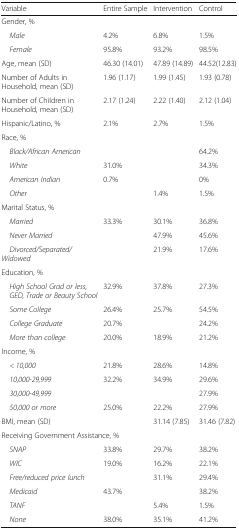
<table><thead><tr><td><b>Variable</b></td><td><b>Entire Sample</b></td><td><b>Intervention</b></td><td><b>Control</b></td></tr></thead><tbody><tr><td colspan="4">Gender, %</td></tr><tr><td> <i>Male</i></td><td>4.2%</td><td>6.8%</td><td>1.5%</td></tr><tr><td> <i>Female</i></td><td>95.8%</td><td>93.2%</td><td>98.5%</td></tr><tr><td>Age, mean (SD)</td><td>46.30 (14.01)</td><td>47.89 (14.89)</td><td>44.52(12.83)</td></tr><tr><td>Number of Adults in Household, mean (SD)</td><td>1.96 (1.17)</td><td>1.99 (1.45)</td><td>1.93 (0.78)</td></tr><tr><td>Number of Children in Household, mean (SD)</td><td>2.17 (1.24)</td><td>2.22 (1.40)</td><td>2.12 (1.04)</td></tr><tr><td>Hispanic/Latino, %</td><td>2.1%</td><td>2.7%</td><td>1.5%</td></tr><tr><td colspan="4">Race, %</td></tr><tr><td> <i>Black/African American</i></td><td>[EMPTY_CELL]</td><td>[EMPTY_CELL]</td><td>64.2%</td></tr><tr><td> <i>White</i></td><td>31.0%</td><td>[EMPTY_CELL]</td><td>34.3%</td></tr><tr><td> <i>American Indian</i></td><td>0.7%</td><td>[EMPTY_CELL]</td><td>0%</td></tr><tr><td> <i>Other</i></td><td>[EMPTY_CELL]</td><td>1.4%</td><td>1.5%</td></tr><tr><td colspan="4">Marital Status, %</td></tr><tr><td> <i>Married</i></td><td>33.3%</td><td>30.1%</td><td>36.8%</td></tr><tr><td> <i>Never Married</i></td><td>[EMPTY_CELL]</td><td>47.9%</td><td>45.6%</td></tr><tr><td> <i>Divorced/Separated/Widowed</i></td><td>[EMPTY_CELL]</td><td>21.9%</td><td>17.6%</td></tr><tr><td colspan="4">Education, %</td></tr><tr><td> <i>High School Grad or less, GED, Trade or Beauty School</i></td><td>32.9%</td><td>37.8%</td><td>27.3%</td></tr><tr><td> <i>Some College</i></td><td>26.4%</td><td>25.7%</td><td>54.5%</td></tr><tr><td> <i>College Graduate</i></td><td>20.7%</td><td>[EMPTY_CELL]</td><td>24.2%</td></tr><tr><td> <i>More than college</i></td><td>20.0%</td><td>18.9%</td><td>21.2%</td></tr><tr><td colspan="4">Income, %</td></tr><tr><td> <i>&lt; 10,000</i></td><td>21.8%</td><td>28.6%</td><td>14.8%</td></tr><tr><td> <i>10,000-29,999</i></td><td>32.2%</td><td>34.9%</td><td>29.6%</td></tr><tr><td> <i>30,000-49,999</i></td><td>[EMPTY_CELL]</td><td>[EMPTY_CELL]</td><td>27.9%</td></tr><tr><td> <i>50,000 or more</i></td><td>25.0%</td><td>22.2%</td><td>27.9%</td></tr><tr><td>BMI, mean (SD)</td><td>[EMPTY_CELL]</td><td>31.14 (7.85)</td><td>31.46 (7.82)</td></tr><tr><td colspan="4">Receiving Government Assistance, %</td></tr><tr><td> <i>SNAP</i></td><td>33.8%</td><td>29.7%</td><td>38.2%</td></tr><tr><td> <i>WIC</i></td><td>19.0%</td><td>16.2%</td><td>22.1%</td></tr><tr><td> <i>Free/reduced price lunch</i></td><td>[EMPTY_CELL]</td><td>31.1%</td><td>29.4%</td></tr><tr><td> <i>Medicaid</i></td><td>43.7%</td><td>[EMPTY_CELL]</td><td>38.2%</td></tr><tr><td> <i>TANF</i></td><td>[EMPTY_CELL]</td><td>5.4%</td><td>1.5%</td></tr><tr><td> <i>None</i></td><td>38.0%</td><td>35.1%</td><td>41.2%</td></tr></tbody></table>